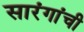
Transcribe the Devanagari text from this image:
सारंगांची